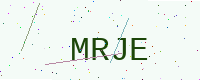
Text: MRJE